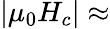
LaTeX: |\mu_{0}H_{c}|\approx